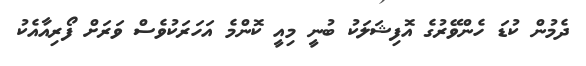
ދެމުން ކުޑަ ހެންވޭރުގެ އޮފިޝަލަކު ބުނީ މިއީ ކޮންމެ އަހަރަކުވެސް ވަރަށް ފޯރިއާއެކު